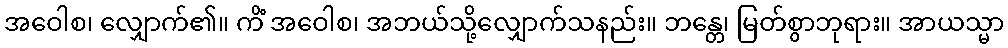
အဝေါစ၊ လျှောက်၏။ ကိံ အဝေါစ၊ အဘယ်သို့လျှောက်သနည်း။ ဘန္တေ၊ မြတ်စွာဘုရား။ အာယသ္မာ